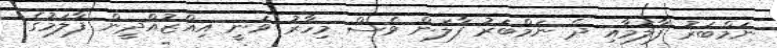
ނަމްބަރު ފާލަމާއި ދެ ނަމްބަރު ފާލަން ވެސް މިހާރު ވަނީ އިއްޒުއްދީން ފާލަމުގެ